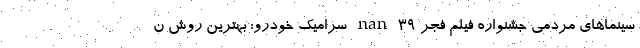
سینماهای مردمی جشنواره فیلم فجر ۳۹ nan سرامیک خودرو: بهترین روش ن